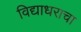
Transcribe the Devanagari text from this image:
विद्याधराचा